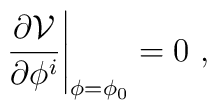
\left.\frac{\partial \mathcal{V}}{\partial \phi ^i}\right|_{\phi=\phi_0} =  0~,